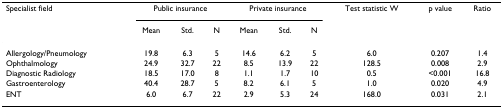
<table><thead><tr><td><b>Specialist field</b></td><td colspan="3"><b>Public insurance</b></td><td colspan="3"><b>Private insurance</b></td><td><b>Test statistic W</b></td><td><b>p value</b></td><td><b>Ratio</b></td></tr><tr><td></td><td><b>Mean</b></td><td><b>Std.</b></td><td><b>N</b></td><td><b>Mean</b></td><td><b>Std.</b></td><td><b>N</b></td><td></td><td></td><td></td></tr></thead><tbody><tr><td>Allergology/Pneumology</td><td>19.8</td><td>6.3</td><td>5</td><td>14.6</td><td>6.2</td><td>5</td><td>6.0</td><td>0.207</td><td>1.4</td></tr><tr><td>Ophthalmology</td><td>24.9</td><td>32.7</td><td>22</td><td>8.5</td><td>13.9</td><td>22</td><td>128.5</td><td>0.008</td><td>2.9</td></tr><tr><td>Diagnostic Radiology</td><td>18.5</td><td>17.0</td><td>8</td><td>1.1</td><td>1.7</td><td>10</td><td>0.5</td><td>&lt;0.001</td><td>16.8</td></tr><tr><td>Gastroenterology</td><td>40.4</td><td>28.7</td><td>5</td><td>8.2</td><td>6.1</td><td>5</td><td>1.0</td><td>0.020</td><td>4.9</td></tr><tr><td>ENT</td><td>6.0</td><td>6.7</td><td>22</td><td>2.9</td><td>5.3</td><td>24</td><td>168.0</td><td>0.031</td><td>2.1</td></tr></tbody></table>